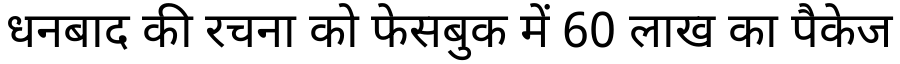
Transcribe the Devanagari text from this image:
धनबाद की रचना को फेसबुक में 60 लाख का पैकेज